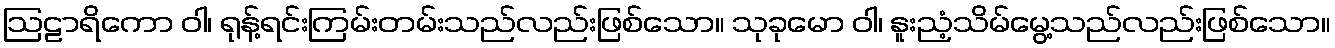
ဩဠာရိကော ဝါ၊ ရုန့်ရင်းကြမ်းတမ်းသည်လည်းဖြစ်သော။ သုခုမော ဝါ၊ နူးညံ့သိမ်မွေ့သည်လည်းဖြစ်သော။